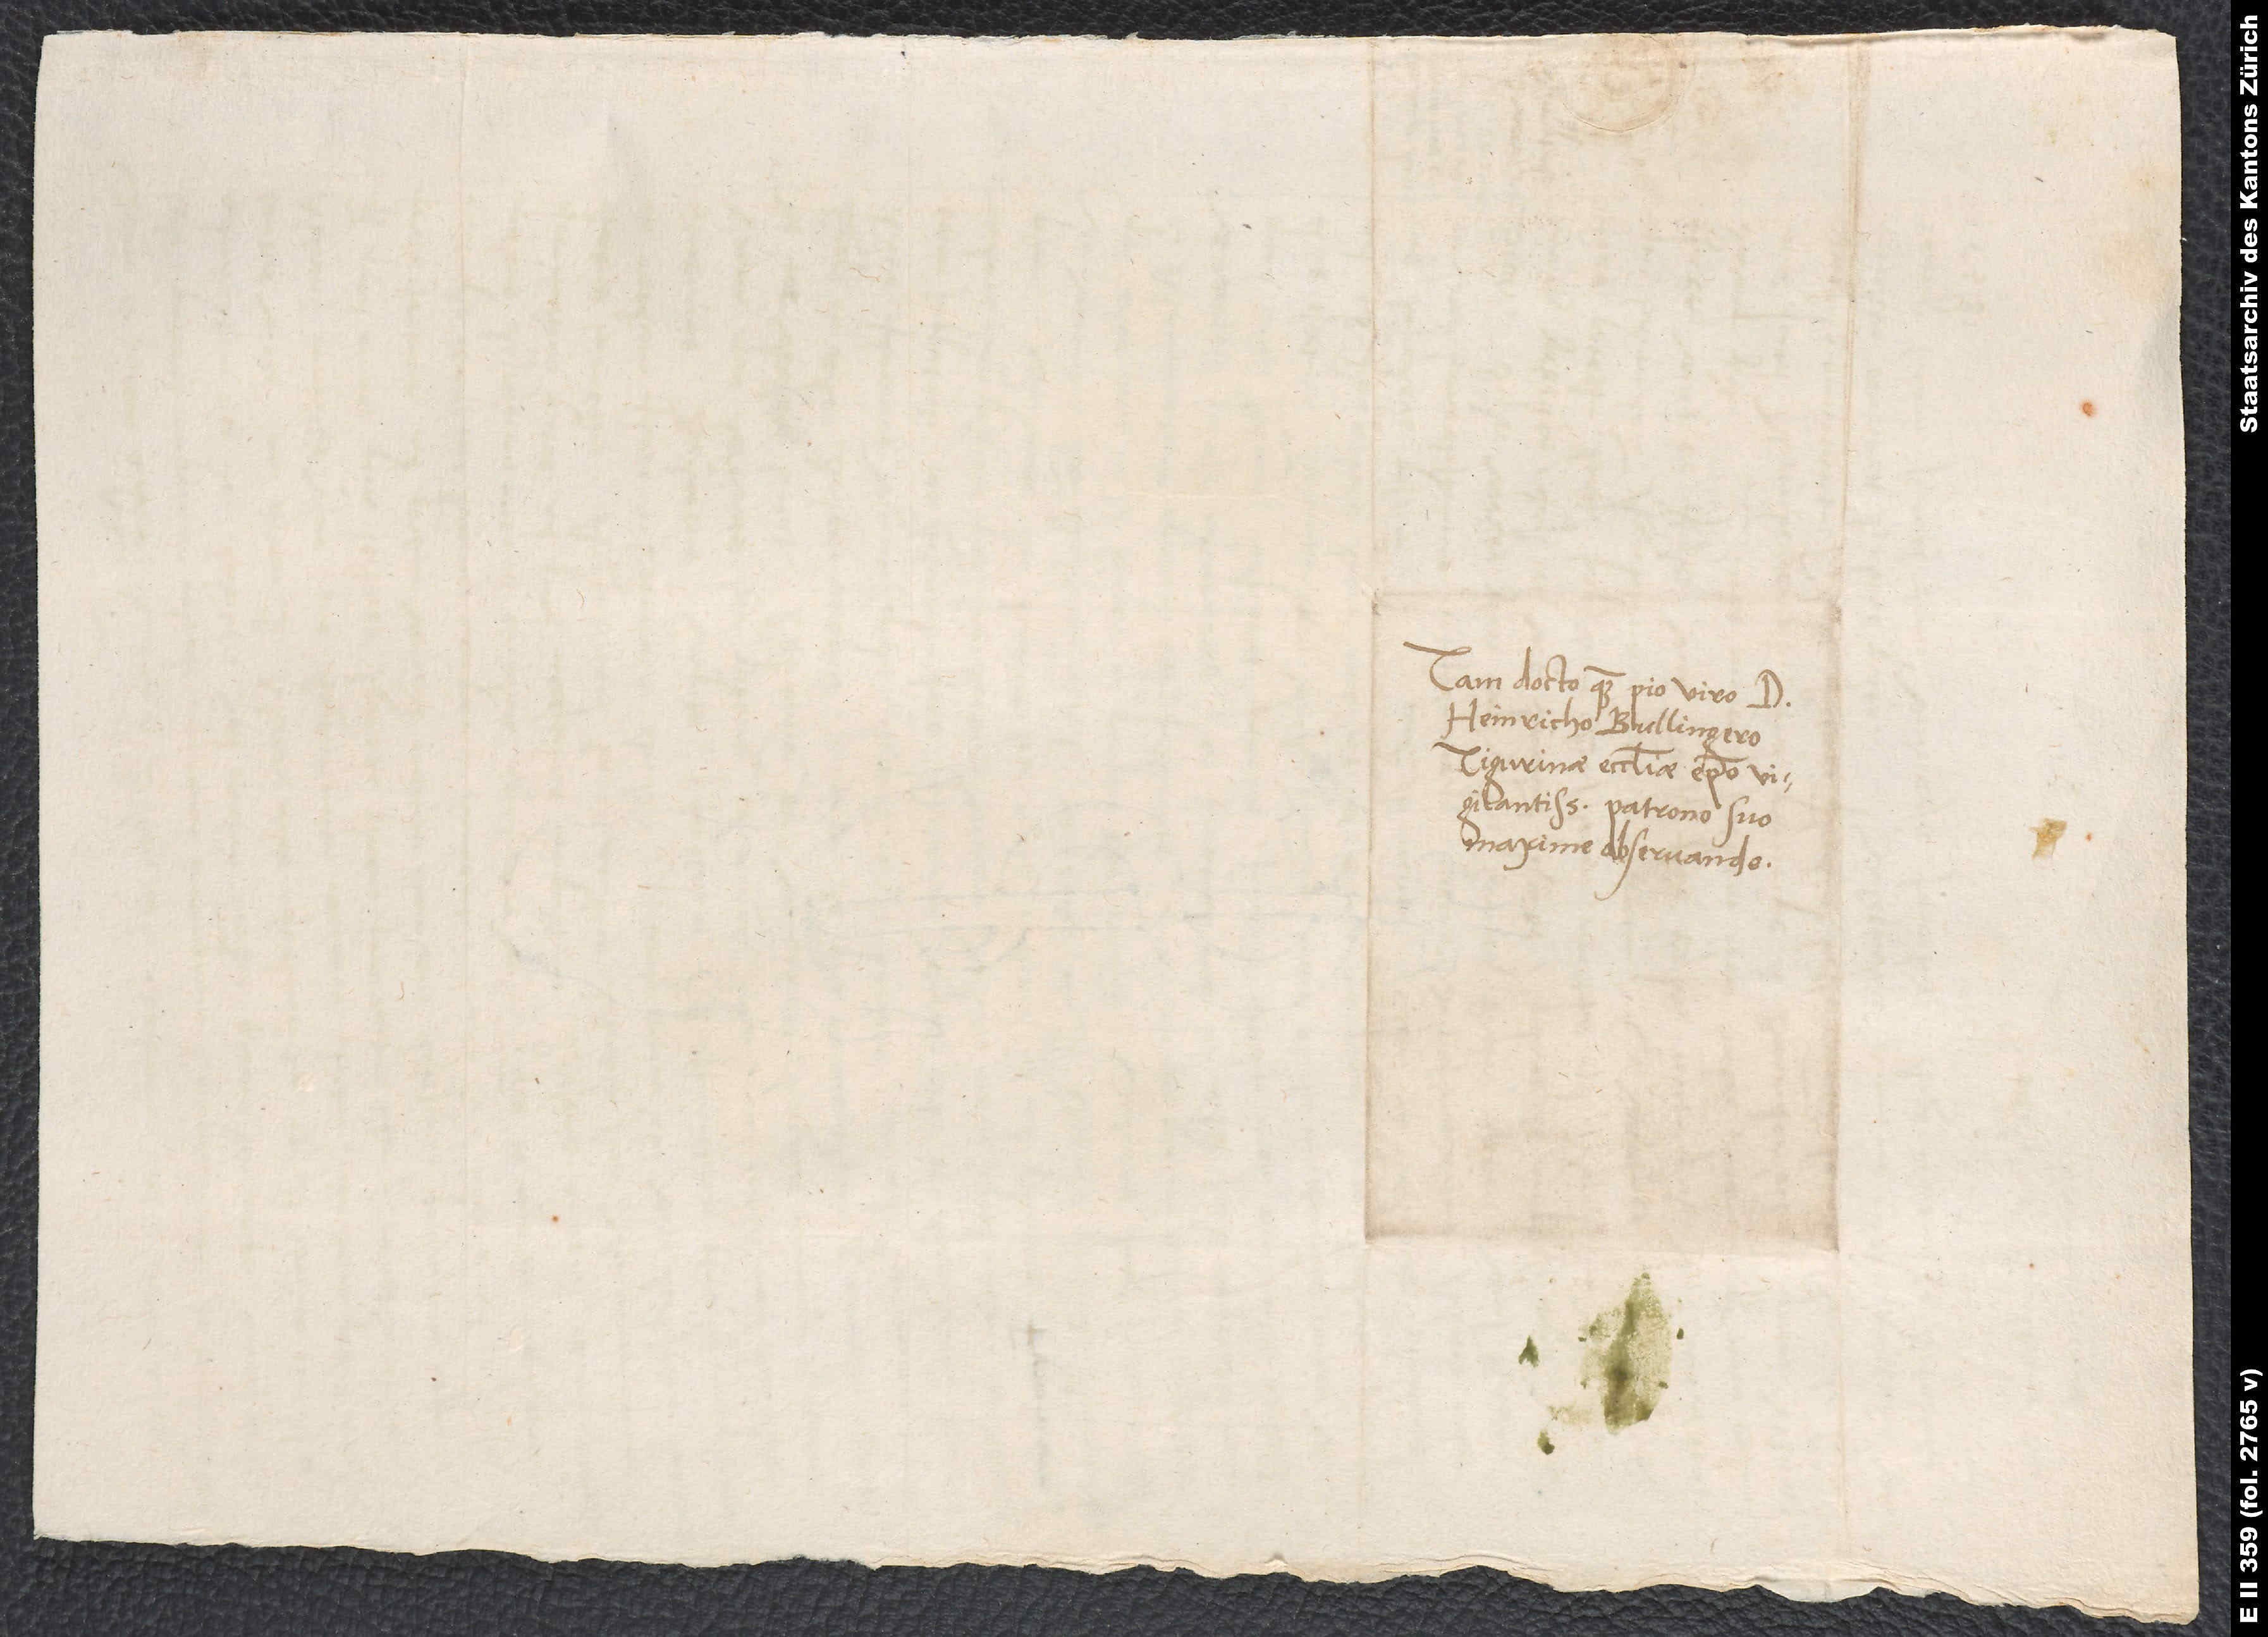
Tam docto quam pio viro d.
Heinricho Bullingero,
Tigurinae ecclesiae episcopo
vigilantissimo, patrono suo
maxime observando.